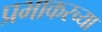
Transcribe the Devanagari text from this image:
प्रभाकरच्या